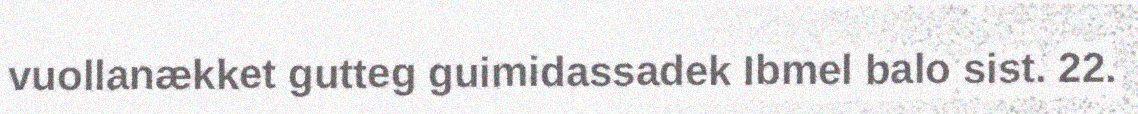
vuollanækket gutteg guimidassadek Ibmel balo sist. 22.